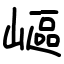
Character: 嶇